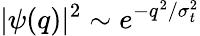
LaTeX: |\psi(q)|^{2}\sim e^{-q^{2}/\sigma_{t}^{2}}